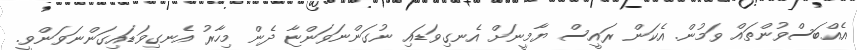
އެއްބަސްވުންތައް ވަމުން. އެކަން ރައީސް ޔާމީނަށް އެނގިވަޑައި ނުގަންނަވަންޏާ ދެން މިހާރު އެނގިވަޑައިގަންނަވަންވީ.